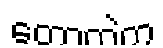
တောထဲက